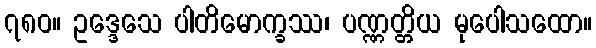
၇၈၀။ ဥဒ္ဒေသေ ပါတိမောက္ခဿ၊ ပဏ္ဏတ္တိယ မုပေါသထော။